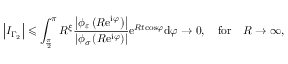
\left\vert I _ { \Gamma _ { 2 } } \right\vert \leqslant \int _ { \frac { \pi } { 2 } } ^ { \pi } R ^ { \xi } \frac { \left\vert \phi _ { \varepsilon } \left( R \mathrm { e } ^ { \mathrm { i } \varphi } \right) \right\vert } { \left\vert \phi _ { \sigma } \left( R \mathrm { e } ^ { \mathrm { i } \varphi } \right) \right\vert } \mathrm { e } ^ { R t \mathrm { \cos } \varphi } \mathrm { d } \varphi \rightarrow 0 , \quad \mathrm { f o r } \quad R \rightarrow \infty ,